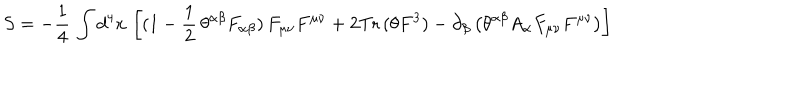
S = - \frac { 1 } { 4 } \, \int d ^ { 4 } x \, \left[ ( 1 - \frac { 1 } { 2 } \, \theta ^ { \alpha \beta } F _ { \alpha \beta } ) \, F _ { \mu \nu } F ^ { \mu \nu } + 2 \mathrm { T r } \, ( \theta F ^ { 3 } ) - \partial _ { \beta } \left( \theta ^ { \alpha \beta } A _ { \alpha } F _ { \mu \nu } F ^ { \mu \nu } \right) \right]